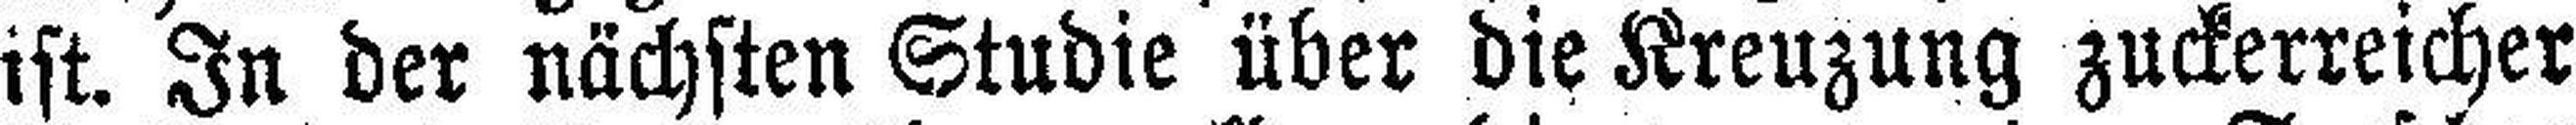
ist. In der nächsten Studie über die Kreuzung zuckerreicher